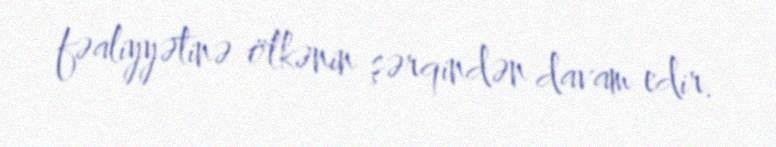
fəaliyyətinə ölkənin şərqindən davam edir.